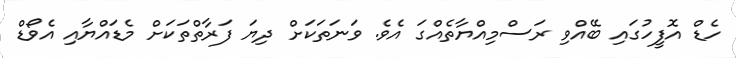
ހެޑް އޮފީހުގައި ބޭއްވި ރަސްމިއްޔާތެއްގަ އެވެ. ވަނަތަކަށް ދިޔަ ފަރާތްތަކަށް މެޑައްޔާއި އެވޯޑް